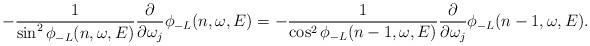
LaTeX: \begin{align*}-\frac{1}{\sin^2\phi_{-L}(n,\omega,E)}\frac{\partial}{\partial \omega_j}\phi_{-L}(n,\omega,E)=-\frac{1}{\cos^2\phi_{-L}(n-1,\omega,E)}\frac{\partial}{\partial\omega_j}\phi_{-L}(n-1,\omega,E).\end{align*}